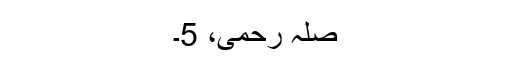
صلہِ رحمی، 5۔